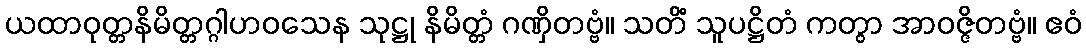
ယထာဝုတ္တနိမိတ္တဂ္ဂါဟဝသေန သုဋ္ဌု နိမိတ္တံ ဂဏှိတဗ္ဗံ။ သတိံ သူပဋ္ဌိတံ ကတွာ အာဝဇ္ဇိတဗ္ဗံ။ ဧဝံ